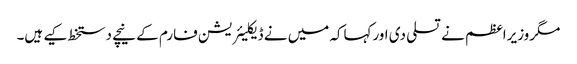
مگروزیراعظم نے تسلی دی اورکہاکہ میں نے ڈیکلیئریشن فارم کے نیچے دستخط کیے ہیں۔